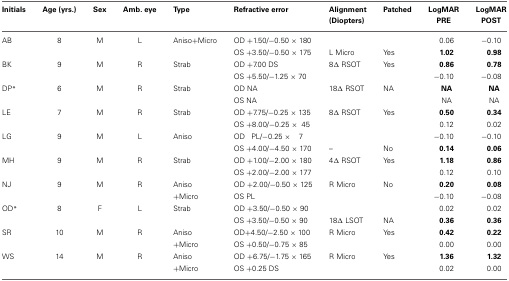
<table><thead><tr><td><b>Initials</b></td><td><b>Age (yrs.)</b></td><td><b>Sex</b></td><td><b>Amb. eye</b></td><td><b>Type</b></td><td><b>Refractive error</b></td><td><b>Alignment (Diopters)</b></td><td><b>Patched</b></td><td><b>LogMAR PRE</b></td><td><b>LogMAR POST</b></td></tr></thead><tbody><tr><td>AB</td><td>8</td><td>M</td><td>L</td><td>Aniso+Micro</td><td>OD +1.50/−0.50 × 180</td><td></td><td></td><td>0.06</td><td>−0.10</td></tr><tr><td></td><td></td><td></td><td></td><td></td><td>OS +3.50/−0.50 × 175</td><td>L Micro</td><td>Yes</td><td><b>1.02</b></td><td><b>0.98</b></td></tr><tr><td>BK</td><td>9</td><td>M</td><td>R</td><td>Strab</td><td>OD +7.00 DS</td><td>8Δ RSOT</td><td>Yes</td><td><b>0.86</b></td><td><b>0.78</b></td></tr><tr><td></td><td></td><td></td><td></td><td></td><td>OS +5.50/−1.25 × 70</td><td></td><td></td><td>−0.10</td><td>−0.08</td></tr><tr><td>DP*</td><td>6</td><td>M</td><td>R</td><td>Strab</td><td>OD NA</td><td>18Δ RSOT</td><td>NA</td><td><b>NA</b></td><td><b>NA</b></td></tr><tr><td></td><td></td><td></td><td></td><td></td><td>OS NA</td><td></td><td></td><td>NA</td><td>NA</td></tr><tr><td>LE</td><td>7</td><td>M</td><td>R</td><td>Strab</td><td>OD +7.75/−0.25 × 135</td><td>8Δ RSOT</td><td>Yes</td><td><b>0.50</b></td><td><b>0.34</b></td></tr><tr><td></td><td></td><td></td><td></td><td></td><td>OS +8.00/−0.25 × 45</td><td></td><td></td><td>0.12</td><td>0.02</td></tr><tr><td>LG</td><td>9</td><td>M</td><td>L</td><td>Aniso</td><td>OD PL/−0.25 × 7</td><td></td><td></td><td>−0.10</td><td>−0.10</td></tr><tr><td></td><td></td><td></td><td></td><td></td><td>OS +4.00/−4.50 × 170</td><td>–</td><td>No</td><td><b>0.14</b></td><td><b>0.06</b></td></tr><tr><td>MH</td><td>9</td><td>M</td><td>R</td><td>Strab</td><td>OD +1.00/−2.00 × 180</td><td>4Δ RSOT</td><td>Yes</td><td><b>1.18</b></td><td><b>0.86</b></td></tr><tr><td></td><td></td><td></td><td></td><td></td><td>OS +2.00/−2.00 × 177</td><td></td><td></td><td>0.12</td><td>0.10</td></tr><tr><td>NJ</td><td>9</td><td>M</td><td>R</td><td>Aniso</td><td>OD +2.00/−0.50 × 125</td><td>R Micro</td><td>No</td><td><b>0.20</b></td><td><b>0.08</b></td></tr><tr><td></td><td></td><td></td><td></td><td>+Micro</td><td>OS PL</td><td></td><td></td><td>−0.10</td><td>−0.08</td></tr><tr><td>OD*</td><td>8</td><td>F</td><td>L</td><td>Strab</td><td>OD +3.50/−0.50 × 90</td><td></td><td></td><td>0.02</td><td>0.02</td></tr><tr><td></td><td></td><td></td><td></td><td></td><td>OS +3.50/−0.50 × 90</td><td>18Δ LSOT</td><td>NA</td><td><b>0.36</b></td><td><b>0.36</b></td></tr><tr><td>SR</td><td>10</td><td>M</td><td>R</td><td>Aniso</td><td>OD+4.50/−2.50 × 100</td><td>R Micro</td><td>Yes</td><td><b>0.42</b></td><td><b>0.22</b></td></tr><tr><td></td><td></td><td></td><td></td><td>+Micro</td><td>OS +0.50/−0.75 × 85</td><td></td><td></td><td>0.00</td><td>0.00</td></tr><tr><td>WS</td><td>14</td><td>M</td><td>R</td><td>Aniso</td><td>OD +6.75/−1.75 × 165</td><td>R Micro</td><td>Yes</td><td><b>1.36</b></td><td><b>1.32</b></td></tr><tr><td></td><td></td><td></td><td></td><td>+Micro</td><td>OS +0.25 DS</td><td></td><td></td><td>0.02</td><td>0.00</td></tr></tbody></table>